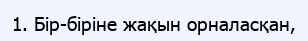
1. Бір-біріне жақын орналасқан,